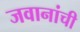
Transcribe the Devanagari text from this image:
जवानांची